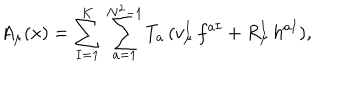
A _ { \mu } ( x ) = \sum _ { I = 1 } ^ { K } \, \sum _ { a = 1 } ^ { N ^ { 2 } - 1 } T _ { a } \, ( v _ { \mu } ^ { I } \, f ^ { a I } + R _ { \mu } ^ { I } \, h ^ { a I } ) ,